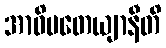
အာဓိပတေယျာနီတိ